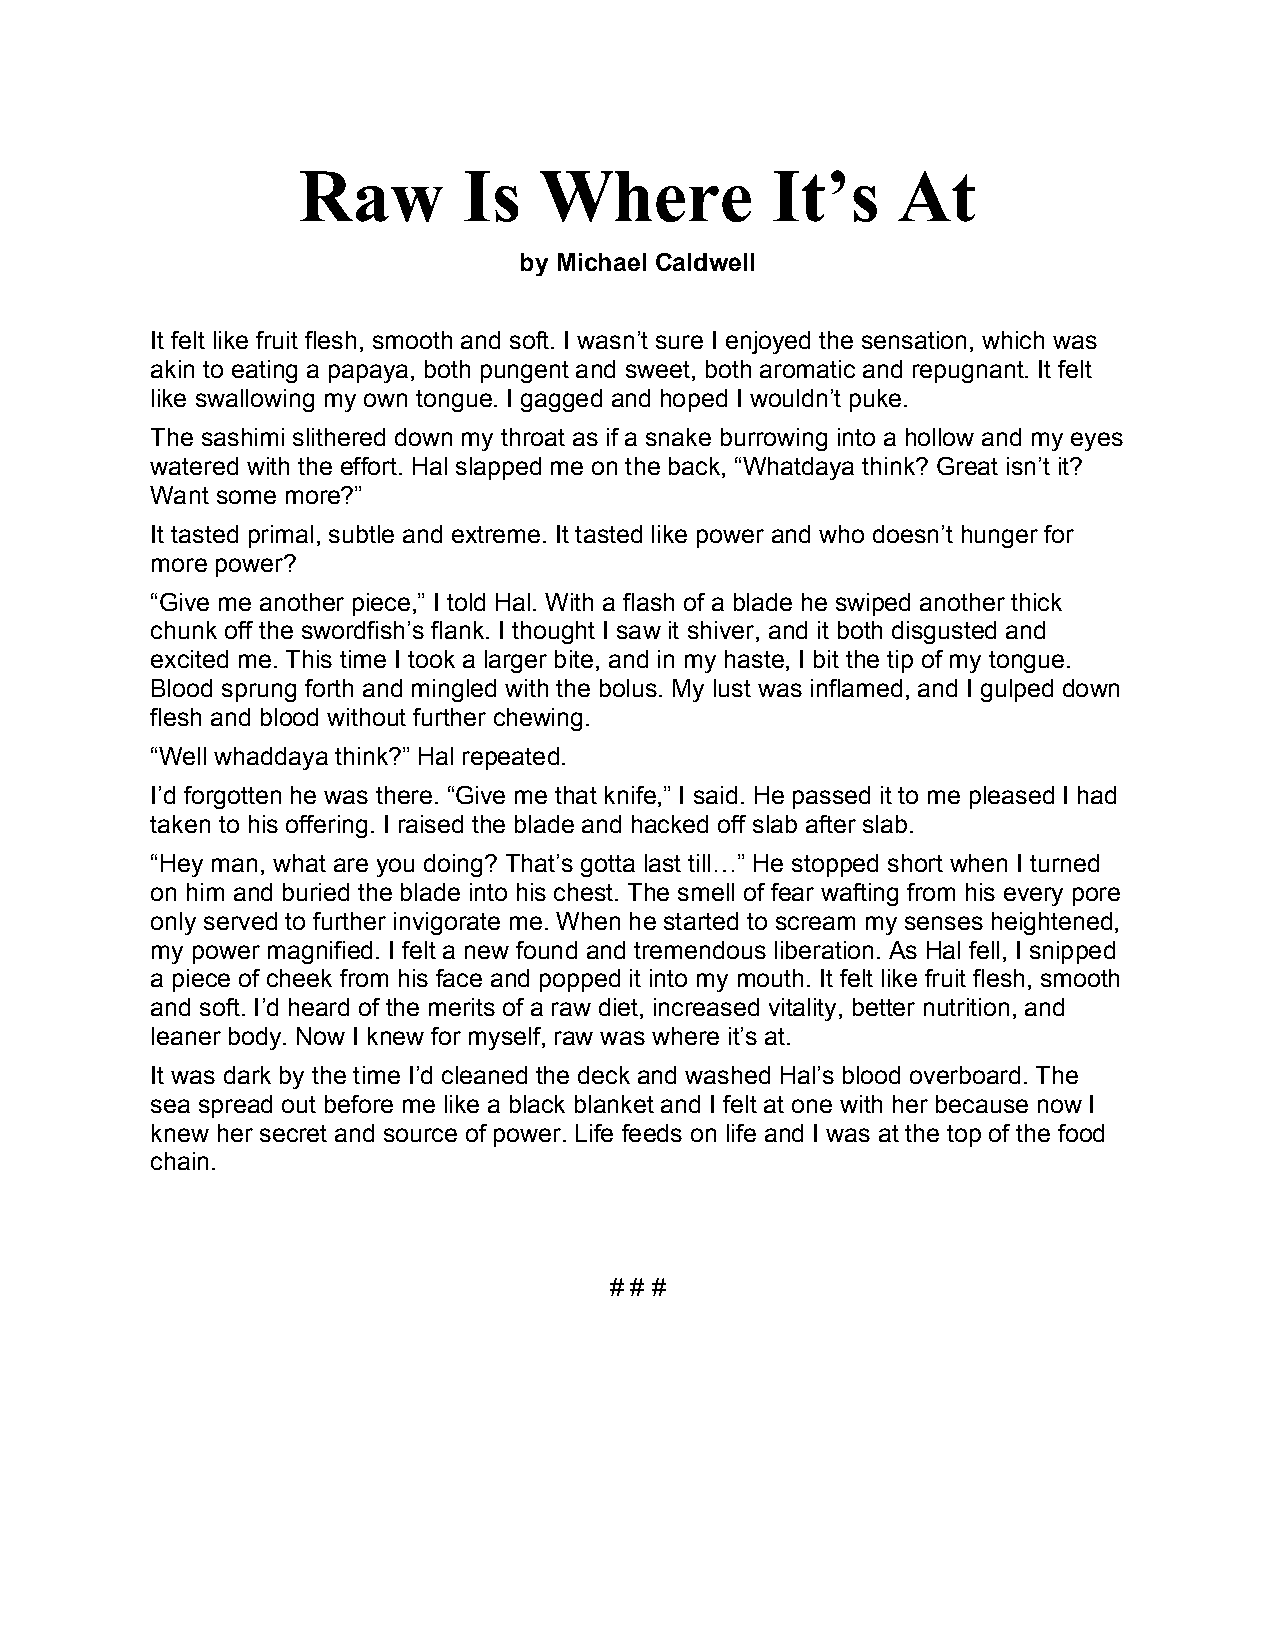
Raw        Is   Where          It’s    At
 by Michael Caldwell
 It felt like fruit flesh, smooth and soft. I wasn’t sure I enjoyed the sensation, which was
 akin to eating a papaya, both pungent and sweet, both aromatic and repugnant. It felt
 like swallowing my own tongue. I gagged and hoped I wouldn’t puke.
 The sashimi slithered down my throat as if a snake burrowing into a hollow and my eyes
 watered with the effort. Hal slapped me on the back, “Whatdaya think? Great isn’t it?
 Want some more?”
 It tasted primal, subtle and extreme. It tasted like power and who doesn’t hunger for
 more power?
 “Give me another piece,” I told Hal. With a flash of a blade he swiped another thick
 chunk off the swordfish’s flank. I thought I saw it shiver, and it both disgusted and
 excited me. This time I took a larger bite, and in my haste, I bit the tip of my tongue.
 Blood sprung forth and mingled with the bolus. My lust was inflamed, and I gulped down
 flesh and blood without further chewing.
 “Well whaddaya think?” Hal repeated.
 I’d forgotten he was there. “Give me that knife,” I said. He passed it to me pleased I had
 taken to his offering. I raised the blade and hacked off slab after slab.
 “Hey man, what are you doing? That’s gotta last till…” He stopped short when I turned
 on him and buried the blade into his chest. The smell of fear wafting from his every pore
 only served to further invigorate me. When he started to scream my senses heightened,
 my power magnified. I felt a new found and tremendous liberation. As Hal fell, I snipped
 a piece of cheek from his face and popped it into my mouth. It felt like fruit flesh, smooth
 and soft. I’d heard of the merits of a raw diet, increased vitality, better nutrition, and
 leaner body. Now I knew for myself, raw was where it’s at.
 It was dark by the time I’d cleaned the deck and washed Hal’s blood overboard. The
 sea spread out before me like a black blanket and I felt at one with her because now I
 knew her secret and source of power. Life feeds on life and I was at the top of the food
 chain.
 # # #